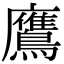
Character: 鷹